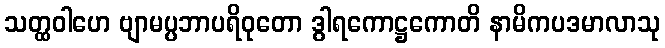
သတ္ထဝါဟေ ဗျာမပ္ပဘာပရိဝုတော ဒွါရကောဋ္ဌကောတိ နာမိကပဒမာလာသု